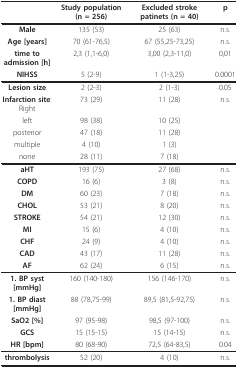
|  | Study population (n = 256) | Excluded stroke patinets (n = 40) | p |
 | --- | --- | --- | --- |
 | Male | 135 (53) | 25 (63) | n.s. |
 | Age [years] | 70 (61-76,5) | 67 (55,25-73,25) | n.s. |
 | time to admission [h] | 2,3 (1,1-6,0) | 3,00 (2,3-11,0) | 0,01 |
 | NIHSS | 5 (2-9) | 1 (1-3,25) | 0.0001 |
 | Lesion size | 2 (2-3) | 2 (1-3) | 0.05 |
 | Infarction site: Right | 73 (29) | 11 (28) | n.s. |
 | left | 98 (38) | 10 (25) |  |
 | posterior | 47 (18) | 11 (28) |  |
 | multiple | 4 (10) | 1 (3) |  |
 | none | 28 (11) | 7 (18) |  |
 | aHT | 193 (75) | 27 (68) | n.s. |
 | COPD | 16 (6) | 3 (8) | n.s. |
 | DM | 60 (23) | 7 (18) | n.s. |
 | CHOL | 53 (21) | 8 (20) | n.s. |
 | STROKE | 54 (21) | 12 (30) | n.s. |
 | MI | 15 (6) | 4 (10) | n.s. |
 | CHF | 24 (9) | 4 (10) | n.s. |
 | CAD | 43 (17) | 11 (28) | n.s. |
 | AF | 62 (24) | 6 (15) | n.s. |
 | 1. BP syst [mmHg] | 160 (140-180) | 156 (146-170) | n.s. |
 | 1. BP diast [mmHg] | 88 (78,75-99) | 89,5 (81,5-92,75) | n.s. |
 | SaO2 [%] | 97 (95-98) | 98,5 (97-100) | n.s. |
 | GCS | 15 (15-15) | 15 (14-15) | n.s. |
 | HR [bpm] | 80 (68-90) | 72,5 (64-83,5) | 0.04 |
 | thrombolysis | 52 (20) | 4 (10) | n.s. |